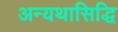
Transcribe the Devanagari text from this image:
अन्यथासिद्धि